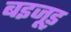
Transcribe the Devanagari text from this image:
बइजूड़